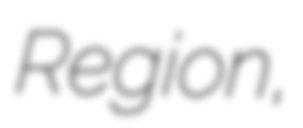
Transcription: Region,